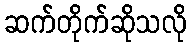
ဆက်တိုက်ဆိုသလို